system: You are a helpful assistant.
user:
Analyze the provided spectrum to determine if it is a **"Cataclysmic Variables (CV)"**.

- **Key Indicators for CV (Check for either state):**
    - **State 1: Quiescent / Low-State (Emission-Dominated)**
        - **(Primary):** Strong and *very broad* Hydrogen Balmer emission lines (e.g., $H\alpha$ at 6563 Å, $H\beta$ at 4861 Å). The 'broadness' (high velocity dispersion, often FWHM > 1000 km/s) is the key diagnostic, indicating a high-velocity accretion disk.
        - **(Secondary):** Broad neutral Helium (He I) emission lines (e.g., 5876 Å, 6678 Å).
        - **(Key Confirmation):** Presence of high-excitation *ionized* Helium (He II) emission at 4686 Å. This is a strong indicator of accretion onto a white dwarf.
        - **(Line Profile):** Emission lines may exhibit a 'double-peaked' profile, which is a classic signature of a rotating accretion disk viewed at high inclination.

    - **State 2: Outburst / High-State (Absorption-Dominated)**
        - **(Primary):** Spectrum is dominated by a bright, blue continuum (looks like a hot star).
        - **(Secondary):** The emission lines from State 1 are weak, absent, or 'filled in', and are replaced by broad, shallow *absorption* lines (primarily Balmer and He I).
        - **(Morphology):** The overall spectrum mimics a hot B/A-type star. The crucial difference is that the absorption lines are significantly broader, shallower, and more 'washed-out' (or 'smeared') than the sharp lines of a normal stellar photosphere, due to high rotational speeds and pressure broadening in the disk.

Think first, call **spectral_visualization_tool** if needed to examine features in detail, then provide your final answer. Your response must adhere to the following strict rules:
1.  **Overall Structure:** Your response must follow the format `<think>...</think> <tool_call>...</tool_call> (if a tool is used) <answer>...</answer>`.
2.  **Tool Usage Constraint:** You may only make **one** tool call per turn.
3.  **Final Answer Format:** In the `<answer>` tag, your conclusion must be inside a `\boxed{}` command (e.g., `\boxed{YES}`), followed by your justification.

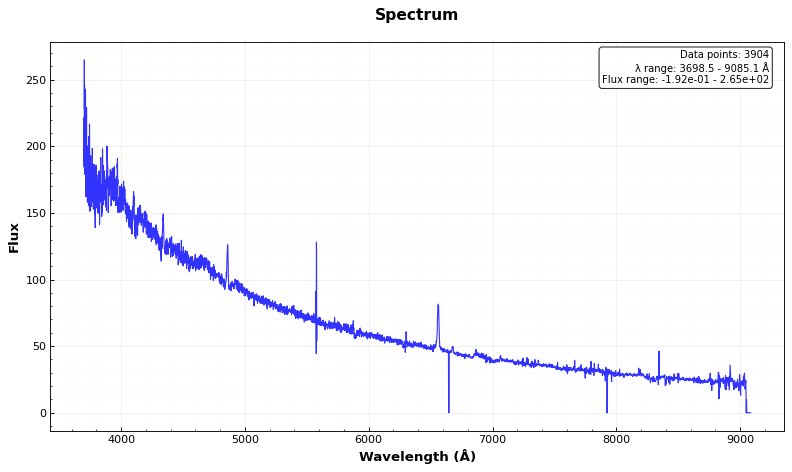
Answer: YES